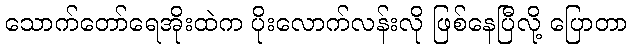
သောက်တော်ရေအိုးထဲက ပိုးလောက်လန်းလို ဖြစ်နေပြီလို့ ပြောတာ